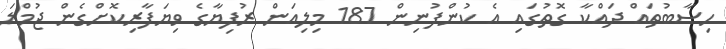
ހިސާބުތައް ދައްކާ ގޮތުގައި އެ ކުންފުނިން 187 މިލިއަން ރުފިޔާގެ ވިޔަފާރިކޮށްގެން ޖުމްލަ